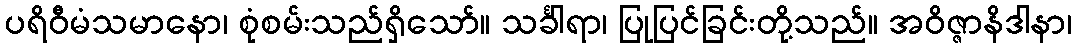
ပရိဝီမံသမာနော၊ စုံစမ်းသည်ရှိသော်။ သင်္ခါရာ၊ ပြုပြင်ခြင်းတို့သည်။ အဝိဇ္ဇာနိဒါနာ၊